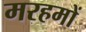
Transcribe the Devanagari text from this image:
मरहमों